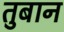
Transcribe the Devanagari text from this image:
तुबान